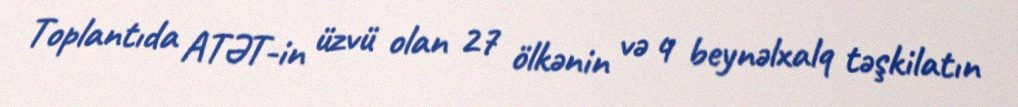
Toplantıda ATƏT-in üzvü olan 27 ölkənin və 4 beynəlxalq təşkilatın